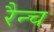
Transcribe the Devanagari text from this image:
रैन्च